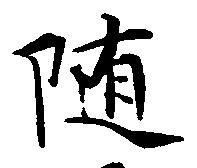
随